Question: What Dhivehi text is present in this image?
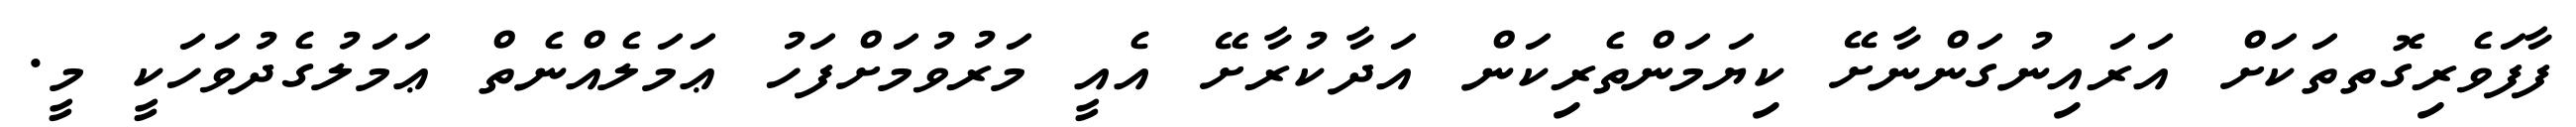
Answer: ފާފަވެރިގޮތތަކަށް އަރައިނުގަންނާށޭ ކިޔަމަންތެރިކަން އަދާކުރާށޭ އެއީ މަރުވުމަށްފަހު ޢަމަލެއްނެތް ޢަމަލުގެދުވަހަކީ މީ.